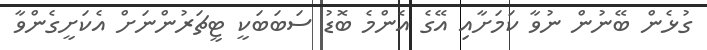
ގުޅެން ބޭނުން ނުވާ ކަމަށާއި އޭގެ އެންމެ ބޮޑު ސަބަބަކީ ޓީޗަރުންނަށް އެކަށީގެންވާ